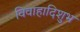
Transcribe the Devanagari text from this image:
विवाहादिशुभ